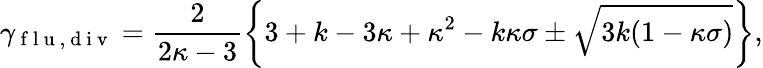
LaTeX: \gamma_{\mathrm{~f~l~u~},\mathrm{~d~i~v~}}=\frac{2}{2\kappa-3}\left\{ 3+k-3\kappa+\kappa^{2}-k\kappa\sigma\pm\sqrt{3k(1-\kappa\sigma)}\right\} ,